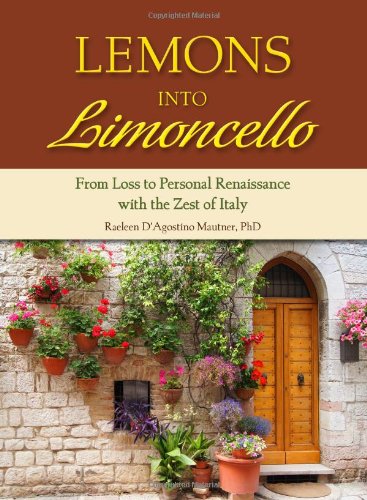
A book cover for Lemons into Limoncello: From Loss to Personal Renaissance with the Zest of Italy; Raeleen Mautner PhD ; Cookbooks, Food & Wine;